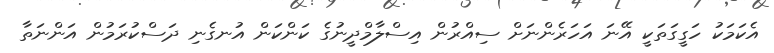
އެކަމަކު ހަގީގަތަކީ އޭނަ އަހަރެންނަށް ސިއްރުން އިސްލާމްދީނުގެ ކަންކަން އުނގެނި ދަސްކުރަމުން އަންނަތާ